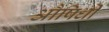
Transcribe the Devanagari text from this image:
औषिधी